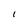
Character: 1